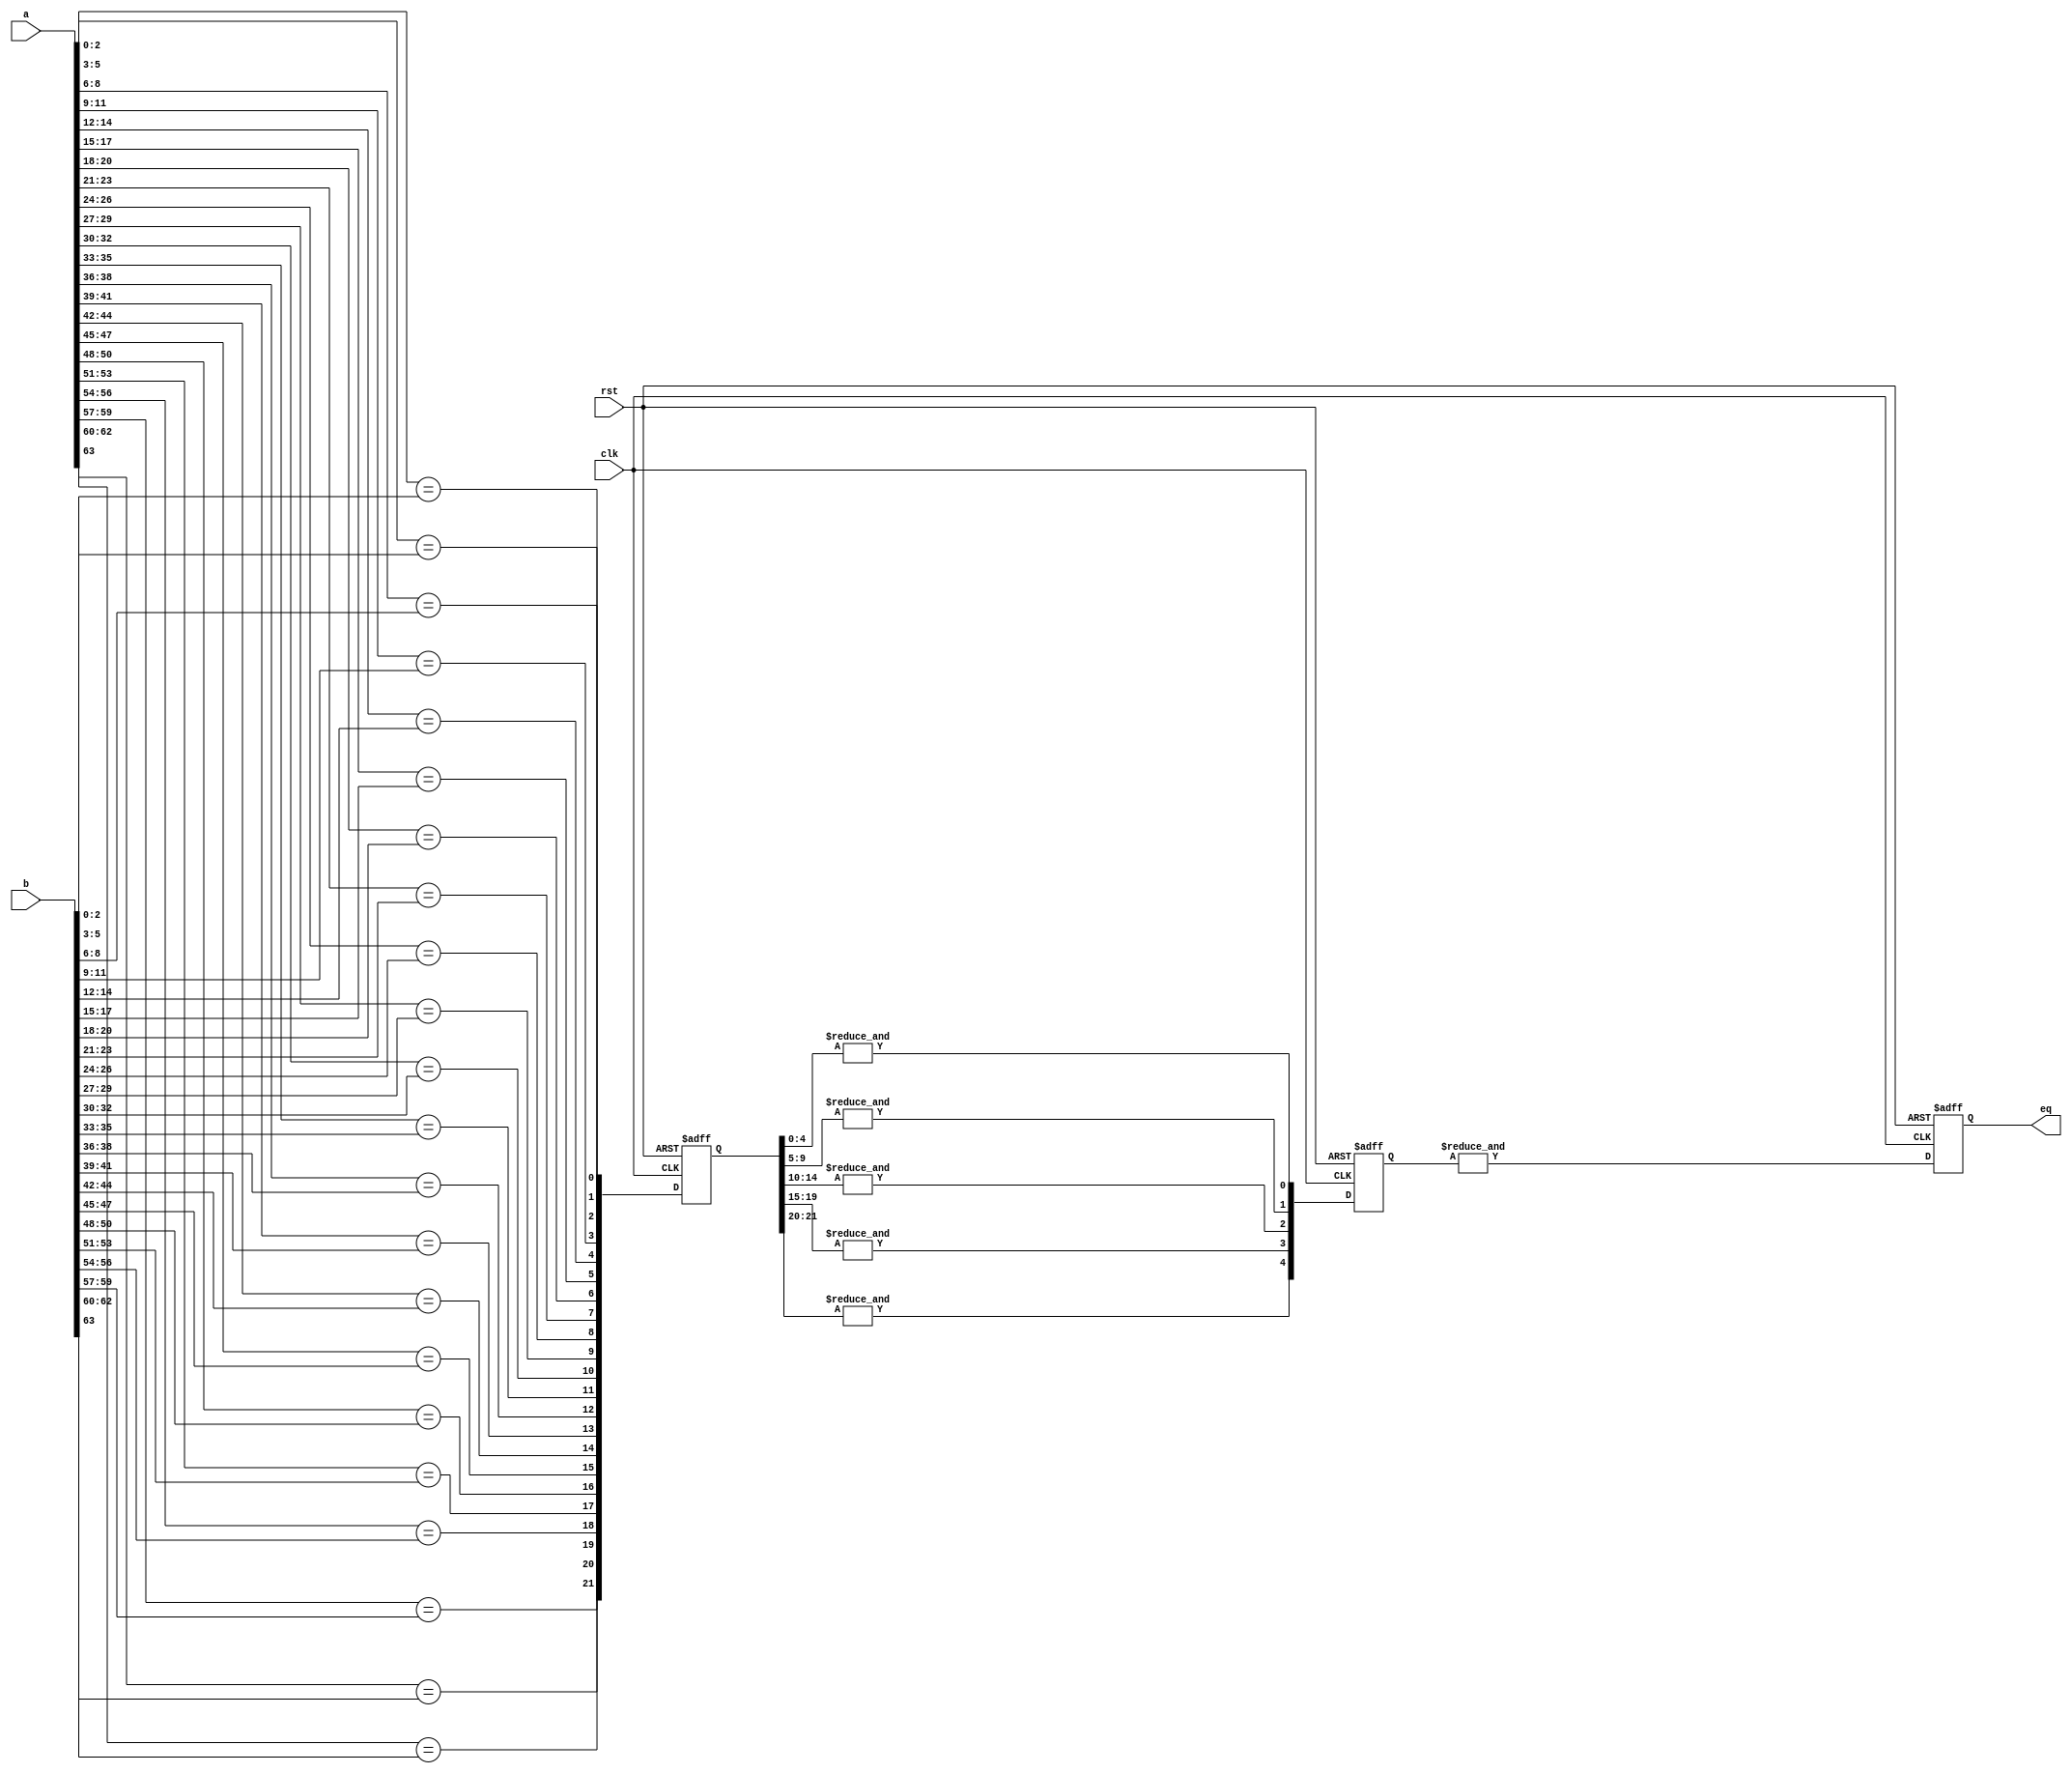
module pipe_equal (a,b,clk,rst,eq);

input [63:0] a;
input [63:0] b;
input clk,rst;

output eq;
wire eq;

wire [21:0] level_0;
reg [21:0] level_0_r;
reg [4:0] level_1_r;
reg level_2_r;

// Compute equality in 3 bit segments.
genvar i;
generate
  for (i=0; i<21; i=i+1) 
  begin : l0
    wire [2:0] tmp_a;
    wire [2:0] tmp_b;
    assign tmp_a = a[3*i+2 : 3*i];
    assign tmp_b = b[3*i+2 : 3*i];
    assign level_0[i] = (tmp_a == tmp_b);
  end
endgenerate
assign level_0[21] = (a[63] == b[63]);

// First pipe register stage
always @(posedge clk or posedge rst) begin
  if (rst) level_0_r <= 22'b0;
  else level_0_r <= level_0;
end

// Start ANDing together the equality leaves
// we need 2 levels of LUT, so relaxed to 5 LUT
always @(posedge clk or posedge rst) begin
  if (rst) level_1_r <= 5'b0;
  else begin
    level_1_r[0] <= & level_0_r[4:0];
    level_1_r[1] <= & level_0_r[9:5];
    level_1_r[2] <= & level_0_r[14:10];
    level_1_r[3] <= & level_0_r[19:15];
    level_1_r[4] <= & level_0_r[21:20];
  end    
end

// final AND
always @(posedge clk or posedge rst) begin
  if (rst) level_2_r <= 1'b0;
  else begin
    level_2_r <= & level_1_r;
  end
end
assign eq = level_2_r;

endmodule